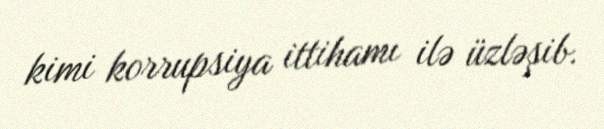
kimi korrupsiya ittihamı ilə üzləşib.